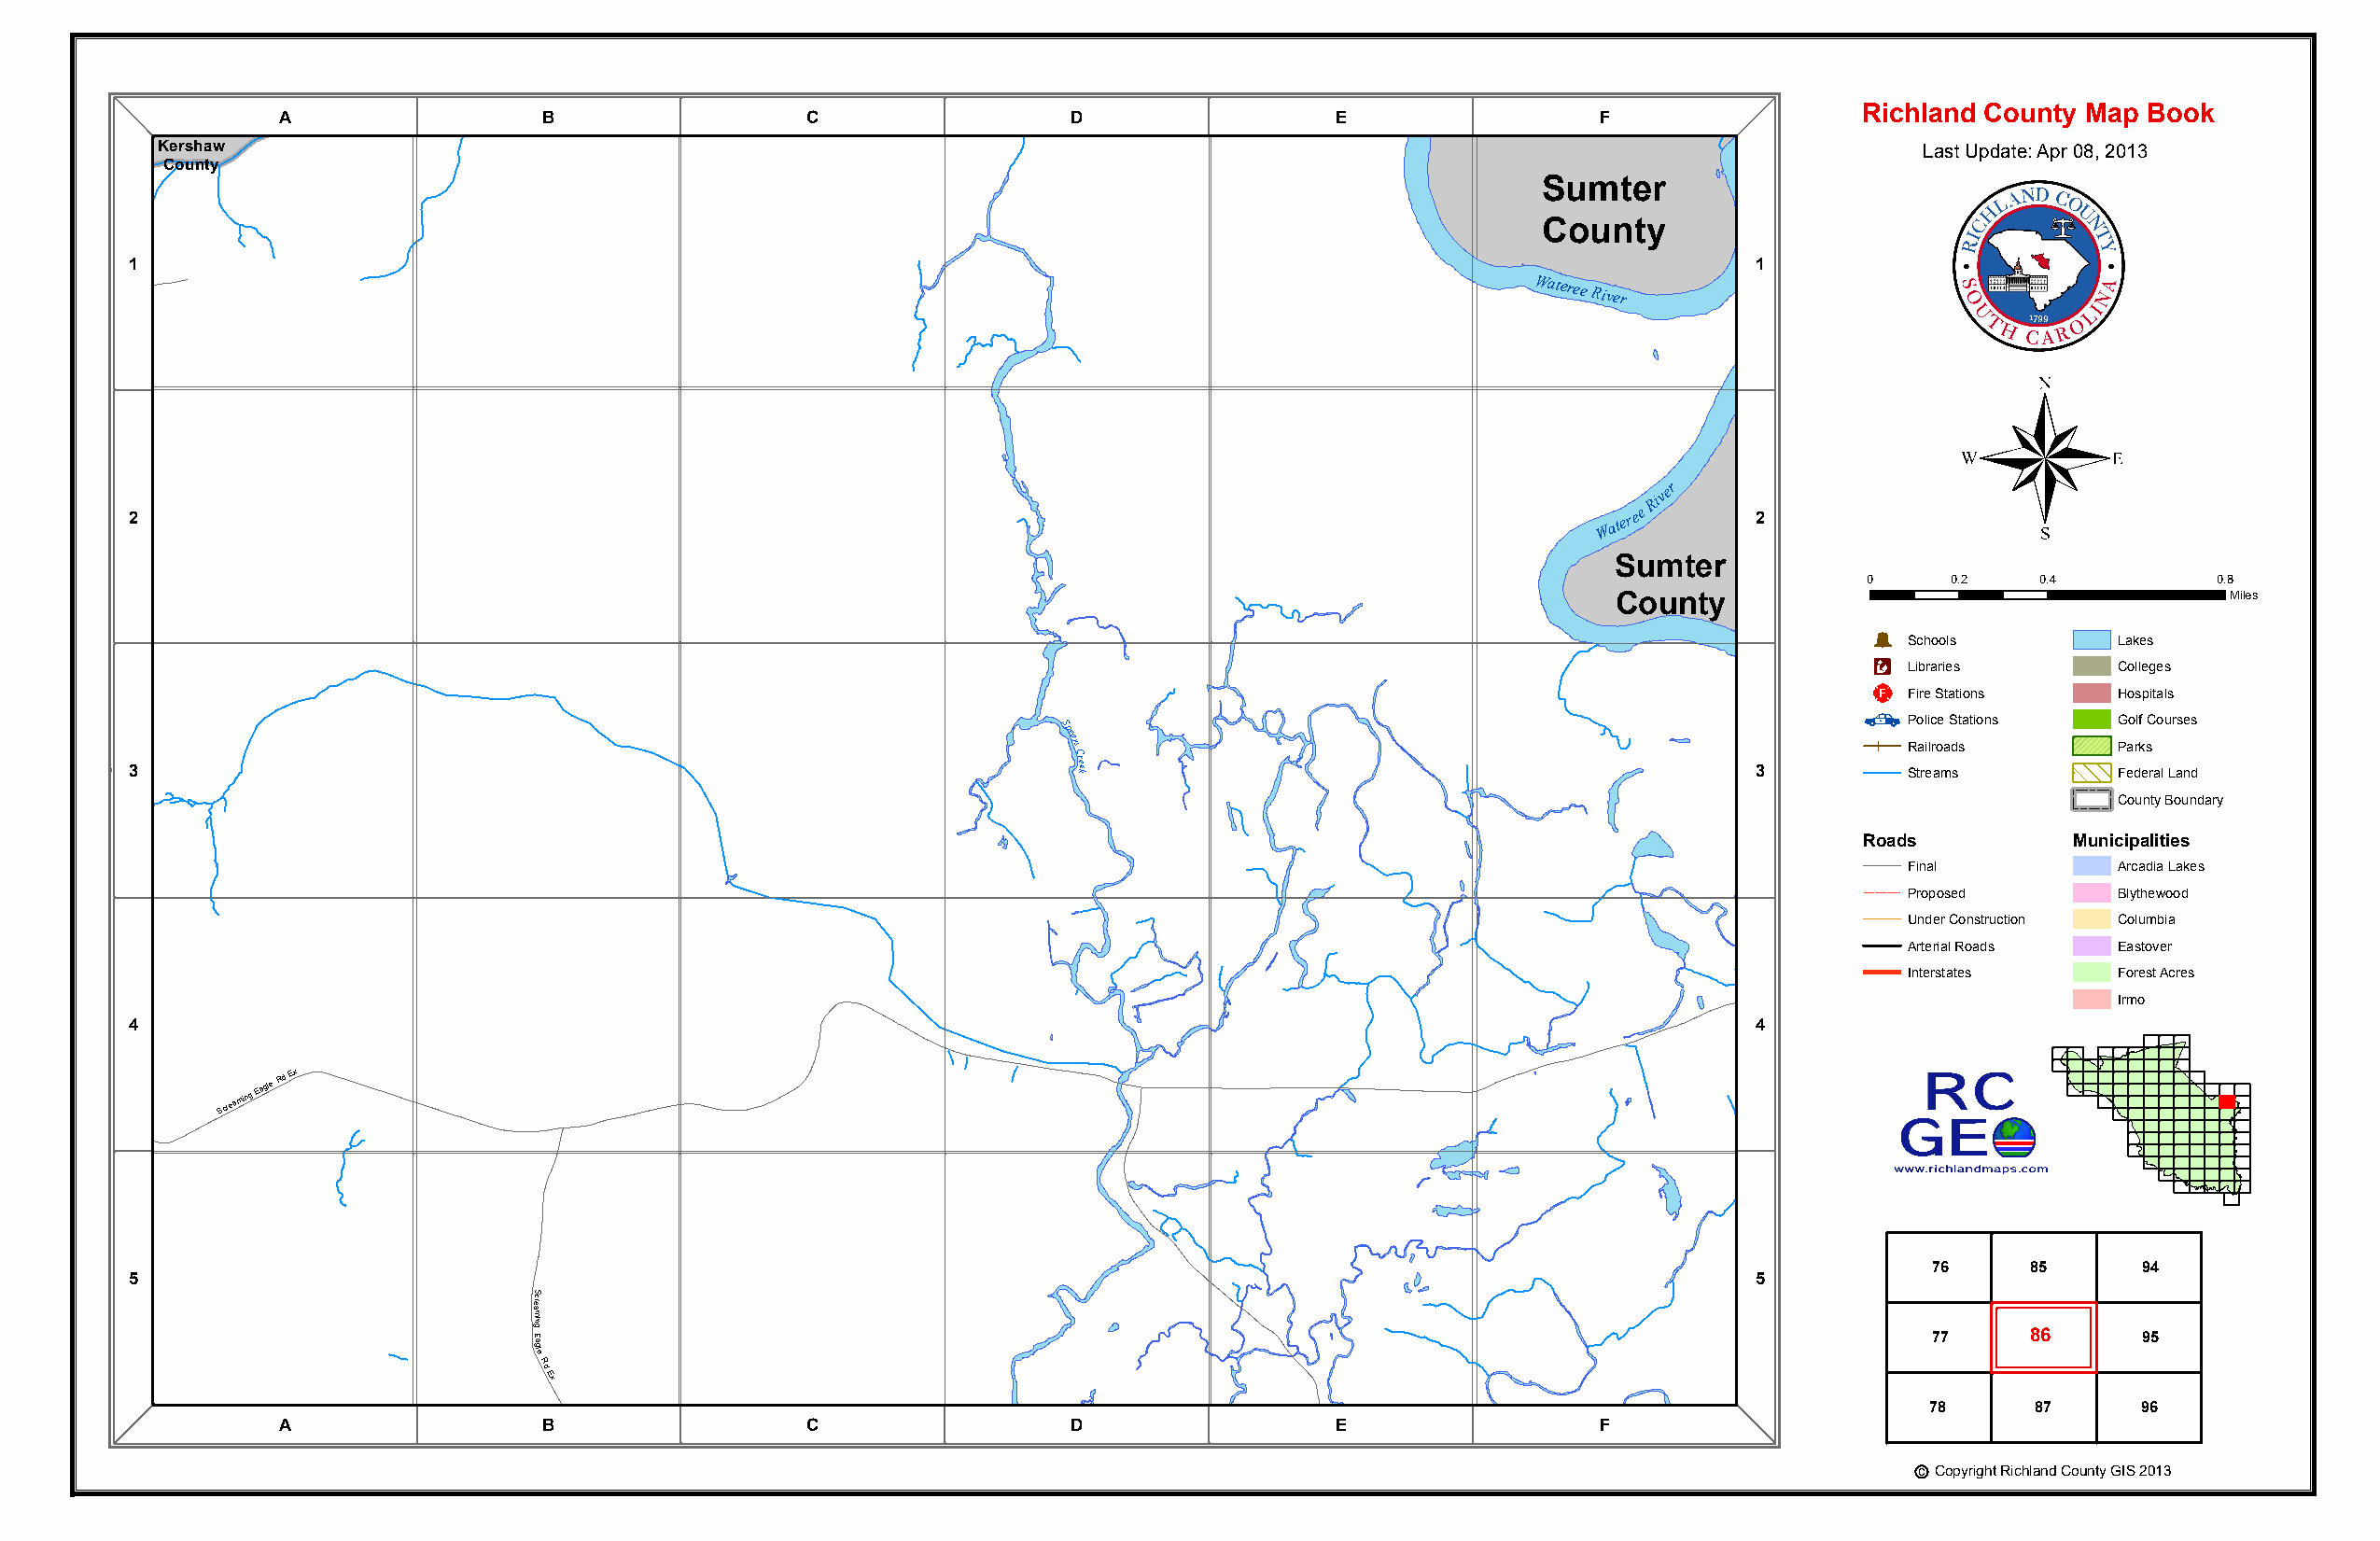
Sumter
 County
 Raglins
 Creek
 Richland County Map Book
 A                 B                  C                  D                  E                 F
 Kershaw                                                                                                                      Last Update: Apr 08, 2013
 County
 Sumter
 County
 1                                                                                                                   1
 NE Shady Grove Rd                                                                                          Wateree River
 ®
 River
 2
 W
 ateree
 2
 Sumter
 0     0.2    0.4         0.8
 County                                     Miles
 Þ
 Schools        Lakes
 Æc
 Libraries      Colleges
 _¨
 Fire Stations  Hospitals
 Police Stations Golf Courses
 Spears
 C
 Railroads      Parks
 3
 r kee
 3         Streams        Federal Land
 County Boundary
 Roads          Municipalities
 Final          Arcadia Lakes
 Proposed       Blythewood
 Under Construction Columbia
 Arterial Roads Eastover
 Interstates    Forest Acres
 Irmo
 4                                                                                                                   4
 Screaming
 Eagle
 Rd Ex
 76     85      94
 5                                                                                                                   5
 eamrcS
 ing
 agle                                                                                               77     86      95
 Rd
 Ex
 A                 B                  C
 Spears
 Creek
 D                  E                 F
 78     87      96
 c Copyright Richland County GIS 2013
 Rd
 Ex
 gel
 a E
 ming
 Screa
 E